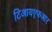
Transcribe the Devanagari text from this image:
टिआयएफआर